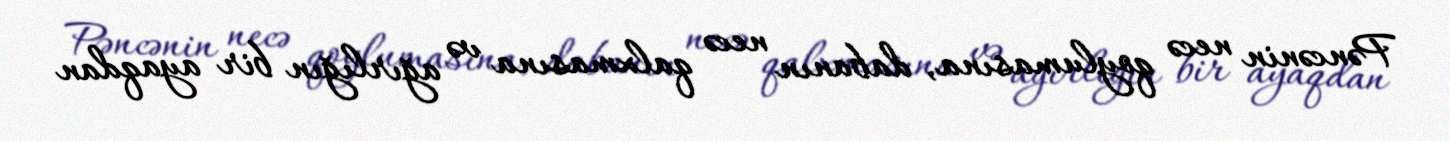
Pəncənin necə qoylumasına, dabanın necə qalxmasına və ağırlığın bir ayaqdan